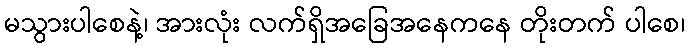
မသွားပါစေနဲ့၊ အားလုံး လက်ရှိအခြေအနေကနေ တိုးတက် ပါစေ၊